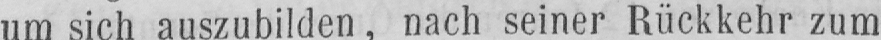
um sich auszubilden, nach seiner Rückkehr zum